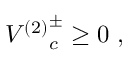
{ V ^ { ( 2 ) } } _ { c } ^ { \pm } \geq 0 \ ,